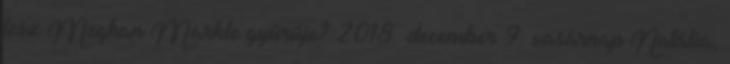
lesz Meghan Markle gyűrűje? 2018. december 9. vasárnap Natália,